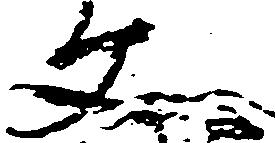
文